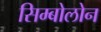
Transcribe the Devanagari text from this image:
सिम्बोलोन